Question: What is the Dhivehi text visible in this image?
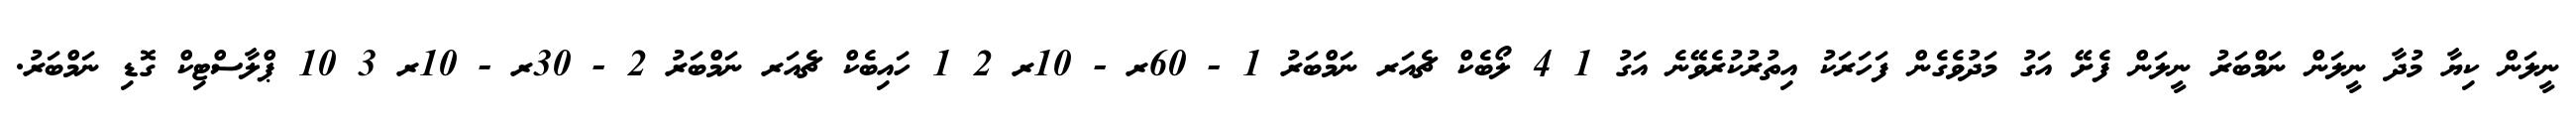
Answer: ނީލަން ކިޔާ މުދާ ނީލަން ނަމްބަރު ނީލަން ފެށޭ އަގު މަދުވެގެން ފަހަރަކު އިތުރުކުރެވޭނެ އަގު 1 4 ލޯބެކް ޗެއަރ ނަމްބަރު 1 - 60ރ - 10ރ 2 1 ހައިބެކް ޗެއަރ ނަމްބަރު 2 - 30ރ - 10ރ 3 10 ޕްލާސްޓިކް ގޮޑި ނަމްބަރު.